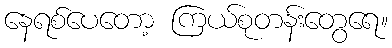
နေရစ်ပေတော့ ကြယ်စုတန်းတွေရေ။